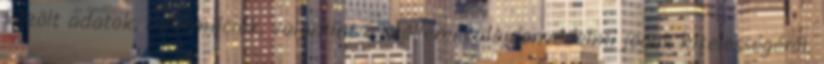
közölt adatok, információk, valamint a szellemi tulajdonvédelmi jogok hitelességéről.